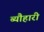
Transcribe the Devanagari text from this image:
ब्यौहारी